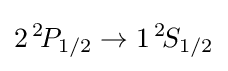
2\,^{2}\!P_{1/2}\to 1\,^{2}\!S_{1/2}